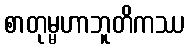
စာတုမ္မဟာဘူတိကဿ